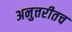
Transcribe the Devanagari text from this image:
अनुत्तरीतच